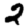
Digit: 2